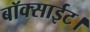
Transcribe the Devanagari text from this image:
बॉक्साईट।